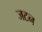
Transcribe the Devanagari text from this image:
जटन